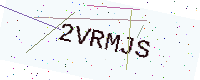
Text: 2VRMJS